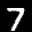
Label: 7